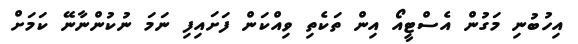
އިހުބުނި މަގުން އެސްޓީއޯ އިން ތަކެތި ވިއްކަން ފަށައިފި ނަމަ ނުކުންނާނޭ ކަމަށް